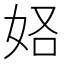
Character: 𫰚